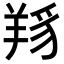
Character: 𦎋